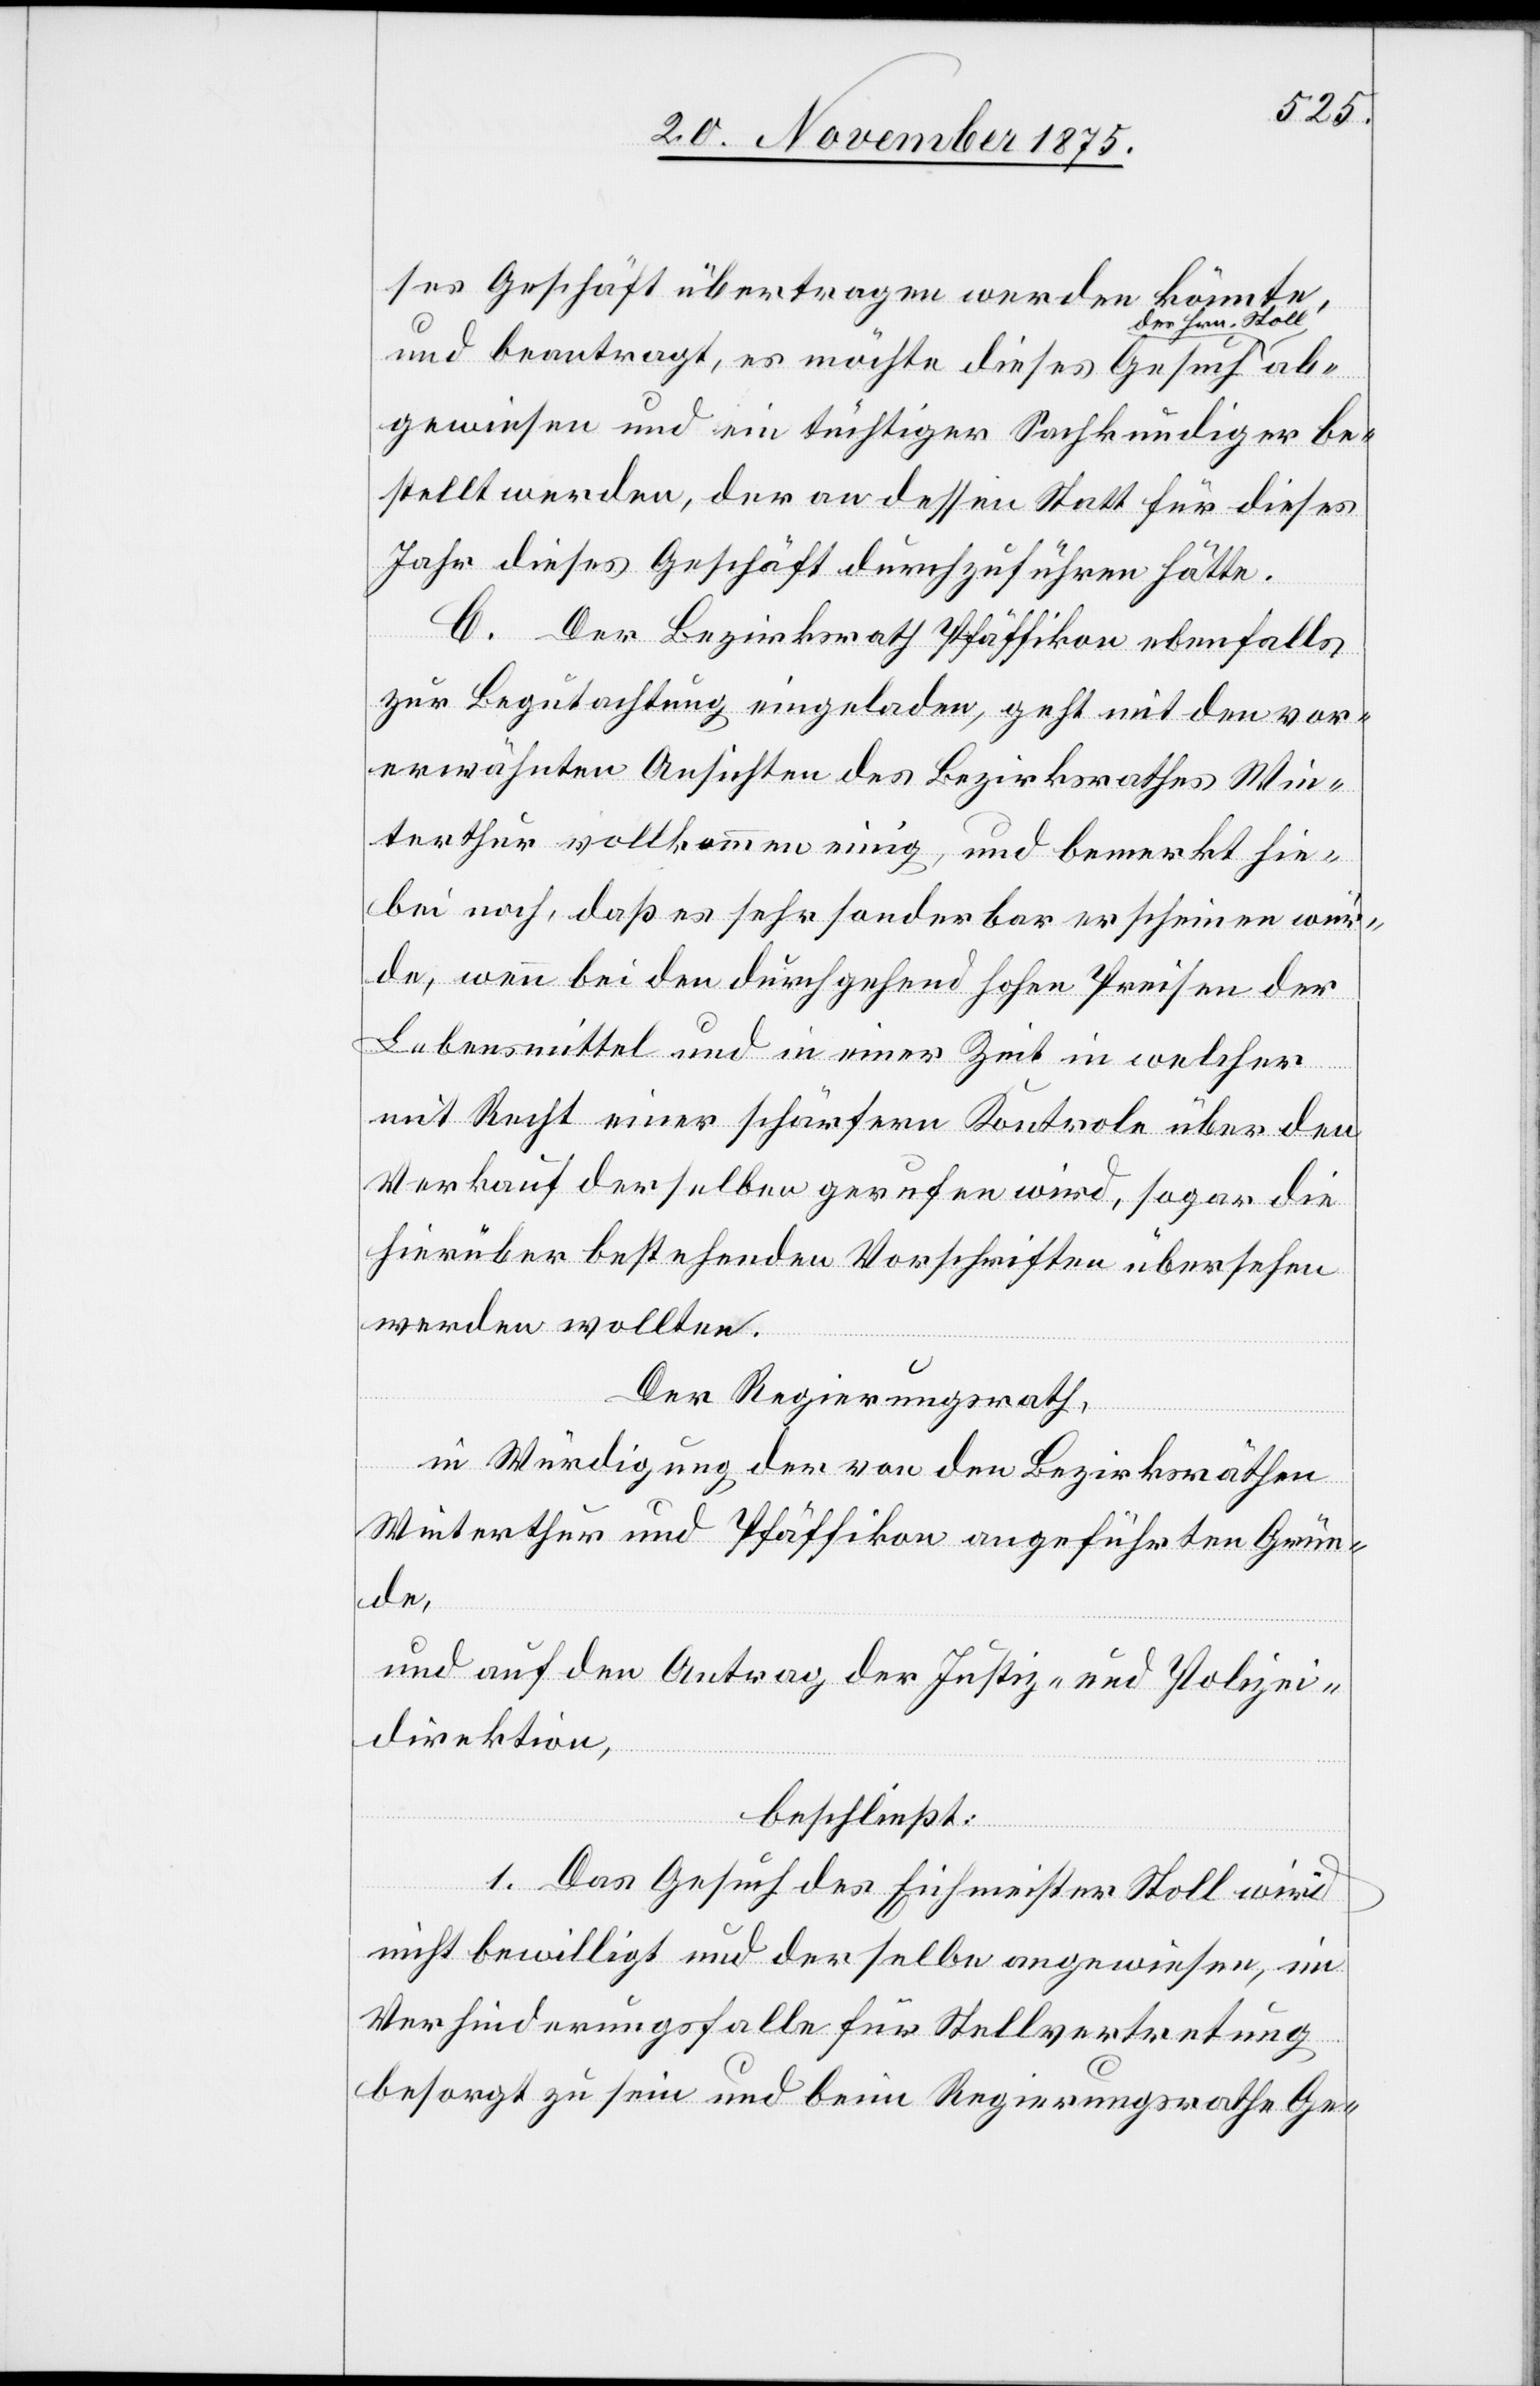
ses Geschäft übertragen werden könnte,
es Hrn. Stoll
und beantragt, es möchte dieses Gesuch d¬
gewiesen und ein tüchtiger Sachkundiger be¬
stellt werden, der an dessen Statt für dieses
Jahr dieses Geschäft durchzuführen hätte.
C. Der Bezirksrath Pfäffikon ebenfalls
zur Begutachtung eingeladen, geht mit den vor¬
erwähnten Ansichten des Bezirksrathes Win¬
terthur vollkommen einig, und bemerkt hie¬
bei noch, daß es sehr sonderbar erscheinen wür¬
de, wenn bei den durchgehend hohen Preisen der
Lebensmittel und in einer Zeit in welcher
mit Recht einer schärfern Kontrole über den
Verkauf derselben gerufen wird, sogar die
hierüber bestehenden Vorschriften übersehen
werden wollten.
ab¬
Der Regierungsrath,
in Würdigung der von den Bezirksräthen
Winterthur und Pfäffikon angeführten Grün¬
de,
und auf den Antrag der Justiz- und Polizei¬
direktion,
beschließt:
1. Das Gesuch des Eichmeister Stoll wird
nicht bewilligt und derselbe angewiesen, im
Verhinderungsfalle für Stellvertretung
besorgt zu sein und beim Regierungsrathe Ge-